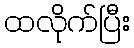
ထလိုက်ပြီး